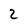
Character: 2